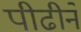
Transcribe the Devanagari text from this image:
पीढीने